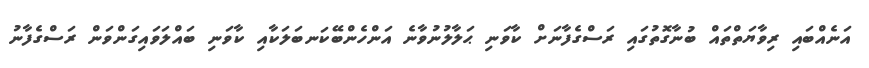
އަނެއްބައި ރިވާޔަތްތައް ބުނާގޮތުގައި ރަސްގެފާނަށް ކާވަނި ޙަލާލުނުވާނެ އަންހެންބޭކަނބަލަކާއި ކާވަނި ބައްލަވައިގަންވަން ރަސްގެފާނު